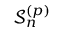
\mathcal { S } _ { n } ^ { ( { p } ) }